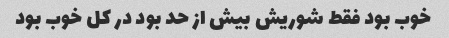
خوب بود فقط شوریش بیش از حد بود در کل خوب بود